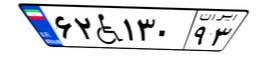
۶۲W۱۳۰۹۳